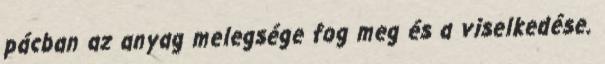
pácban az anyag melegsége fog meg és a viselkedése.